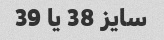
سایز 38 یا 39